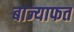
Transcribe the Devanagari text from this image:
बाज्याफत